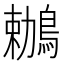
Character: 鶒